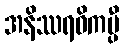
အနိဿရဝိကပ္ပီ